Report on enteric fever
Disease focus: Fever
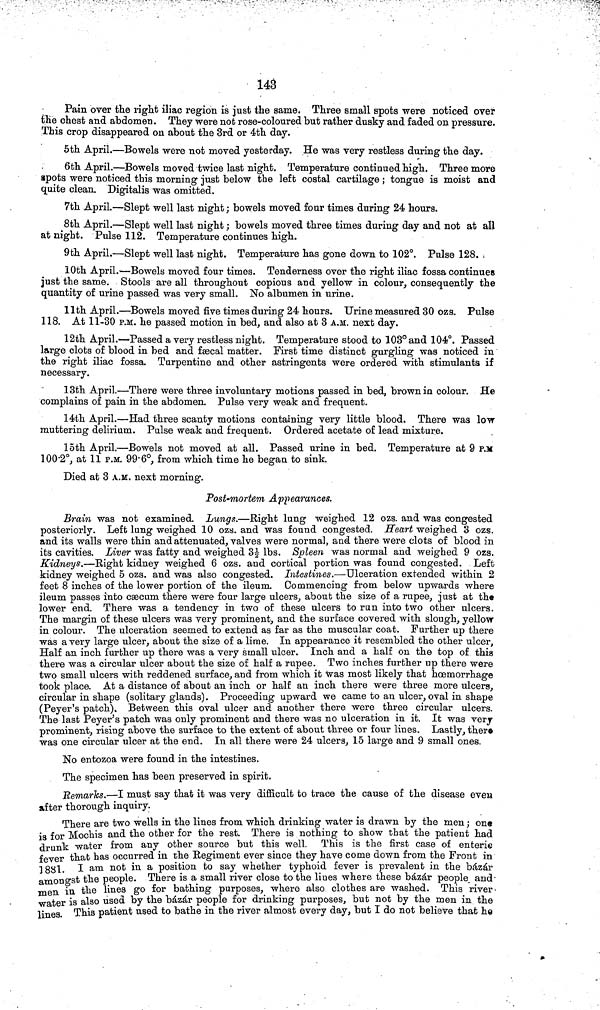
143
Pain over the right iliac region is just the same. Three small spots were noticed over
the chest and abdomen. They were not rose-coloured but rather dusky and faded on pressure.
This crop disappeared on about the 3rd or 4th day.
5th April.—Bowels were not moved yesterday. He was very restless during the day.
6th April.—Bowels moved twice last night. Temperature continued high. Three more
spots were noticed this morning just below the left costal cartilage ; tongue is moist and
quite clean. Digitalis was omitted.
7th April.—Slept well last night; bowels moved four times during 24 hours.
8th April.—Slept well last night; bowels moved three times during day and not at all
at night. Pulse 112. Temperature continues high.
9th April.—Slept well last night. Temperature has gone down to 102°. Pulse 128.
10th April.—Bowels moved four times. Tenderness over the right iliac fossa continues
just the same. Stools are all throughout copious and yellow in colour, consequently the
quantity of urine passed was very small. No albumen in urine.
11th April.—Bowels moved five times during 24 hours. Urine measured 30 ozs. Pulse
118. At 11-30 P.M. he passed motion in bed, and also at 3 A.M. next day.
12th April.—Passed a very restless night. Temperature stood to 103° and 104°. Passed
large clots of blood in bed and fæcal matter. First time distinct gurgling was noticed in
the right iliac fossa. Turpentine and other astringents were ordered with stimulants if
necessary.
13th April.—There were three involuntary motions passed in bed, brown in colour. He
complains of pain in the abdomen. Pulse very weak and frequent.
14th April.—Had three scanty motions containing very little blood. There was low
muttering delirium. Pulse weak and frequent. Ordered acetate of lead mixture.
loth April.—Bowels not moved at all. Passed urine in bed. Temperature at 9 P.M
100 2°, at 11 P.M. 99 6°, from which time he began to sink.
Died at 3 A.M. next morning.
Post-mortem Appearances.
Brain was not examined. Lungs.—Right lung weighed 12 ozs. and was congested
posteriorly. Left lung weighed 10 ozs. and was found congested. Heart weighed 3 ozs.
and its walls were thin and attenuated, valves were normal, and there were clots of blood in
its cavities. Liver was fatty and weighed 3½ lbs. Spleen was normal and weighed 9 ozs.
Kidneys.—Right kidney weighed 6 ozs. and cortical portion was found congested. Left
kidney weighed 5 ozs. and was also congested. Intestines.—Ulceration extended within 2
feet 8 inches of the lower portion of the ileum. Commencing from below upwards where
ileum passes into cæcum there were four large ulcers, about the size of a rupee, just at the
lower end. There was a tendency in two of these ulcers to run into two other ulcers.
The margin of these ulcers was very prominent, and the surface covered with slough, yellow
in colour. The ulceration seemed to extend as far as the muscular coat. Further up there
was a very large ulcer, about the size of a lime. In appearance it resembled the other ulcer,
Half an inch further up there was a very small ulcer. Inch and a half on the top of this
there was a circular ulcer about the size of half a rupee. Two inches further up there were
two small ulcers with reddened surface, and from which it was most likely that hœmorrhage
took place. At a distance of about an inch or half an inch there were three more ulcers,
circular in shape (solitary glands). Proceeding upward we came to an ulcer, oval in shape
(Peyer's patch). Between this oval ulcer and another there were three circular ulcers.
The last Peyer's patch was only prominent and there was no ulceration in it. It was very
prominent, rising above the surface to the extent of about three or four lines. Lastly, there
was one circular ulcer at the end. In all there were 24 ulcers, 15 large and 9 small ones.
No entozoa were found in the intestines.
The specimen has been preserved in spirit.
Remarks.—I must say that it was very difficult to trace the cause of the disease even
after thorough inquiry.
There are two wells in the lines from which drinking water is drawn by the men; one
is for Mochis and the other for the rest. There is nothing to show that the patient had
drunk water from any other source but this well. This is the first case of enteric
fever that has occurred in the Regiment ever since they have come down from the Front in
1881. I am not in a position to say whether typhoid fever is prevalent in the bazar
amongst the people. There is a small river close to the lines where these bázár people and
men in the lines go for bathing purposes, where also clothes are washed. This river
water is also used by the bazar people for drinking purposes, but not by the men in the
lines. This patient used to bathe in the river almost every day, but I do not believe that he